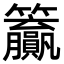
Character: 𬖊